Lock hospitals Punjab
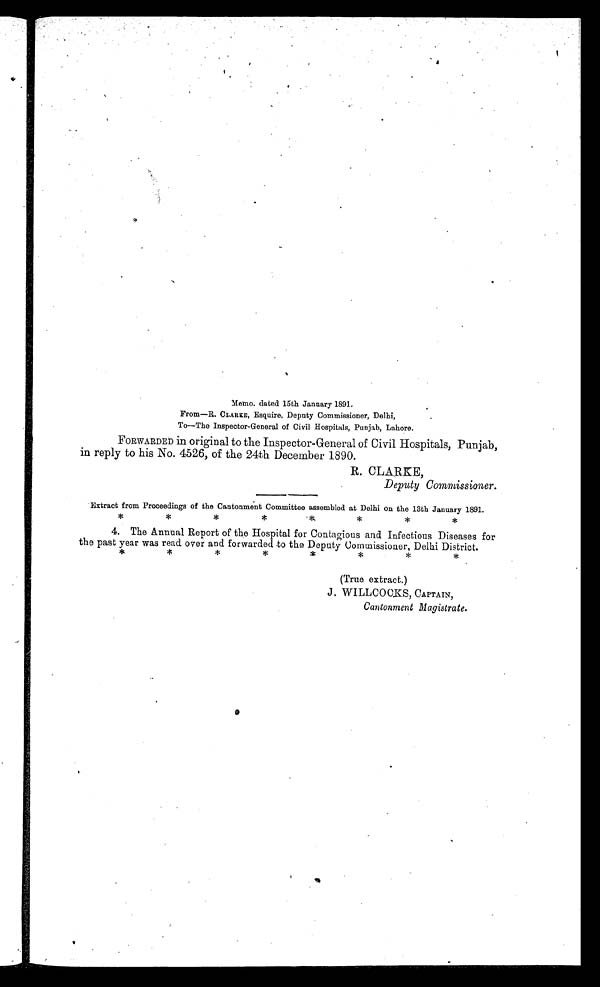
Memo. dated 15th January 1891.
From—R. CLARKE, Esquire, Deputy Commissioner, Delhi,
To—The Inspector-General of Civil Hospitals, Punjab, Lahore.
FORWARDED in original to the Inspector-General of Civil Hospitals, Punjab,
in reply to his No. 4526, of the 24th December 1890.
R. CLARKE,
Deputy Commissioner.
Extract from Proceedings of the Cantonment Committee assembled at Delhi en the 13th January 1891.
*
*
*
*
*
*
*
*
4. The Annual Report of the Hospital for Contagious and Infectious Diseases for
the past year was read over and forwarded to the Deputy Commissioner, Delhi District.
*
*
*
*
*
*
*
*
(True extract.)
J . WILLCOCKS, CAPTAIN,
Cantonment Magistrate.